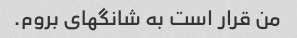
من قرار است به شانگهای بروم.